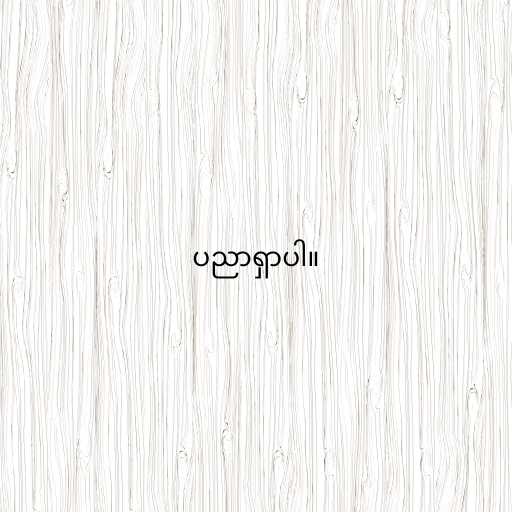
ပညာရှာပါ။